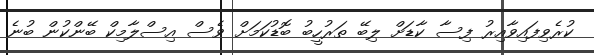
ކުރެވިފައިވާއިރު ފިސާ ކާޑަށް ލިބޭ ތަރުހީބު ބޮޑުކަމަށް ވެސް އިސްލާމިކް ބޭންކުން ބުނެ